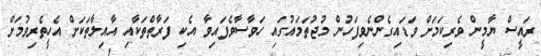
ރައީސް ޔާމީން ވެރިކަމަށް ވަޑައިގެންނެވިފަހުން މުޖުތަމައުގައި ހަވާސާވެފައިވާ އެކި ފަރާތްތަކާއި އާއިލާތަކަށް އެހީތެރިވުމަށް